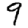
Digit: 9